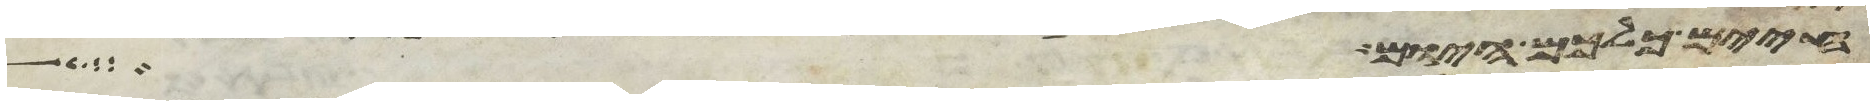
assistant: חיים כלכם היום